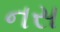
નસ